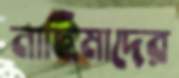
নাছিমাদের